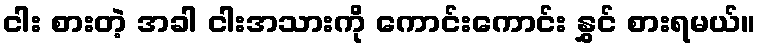
ငါး စားတဲ့ အခါ ငါးအသားကို ကောင်းကောင်း နွှင် စားရမယ်။